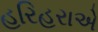
હરિહરાએ